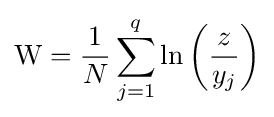
{\rm {W}}={\frac {1}{N}}\sum _{j=1}^{q}\ln \left({\frac {z}{y_{j}}}\right)